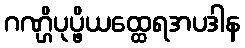
ဂဏ္ဌိပုပ္ဖိယထ္ထေရအပဒါန